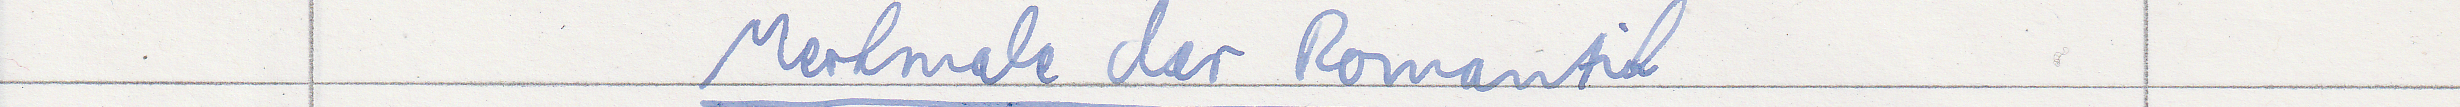
Merkmale der Romantik